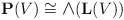
\begin{align*}{\bf P}(V) \cong {\mbox{\large $\land$}}({\bf L}(V))\end{align*}